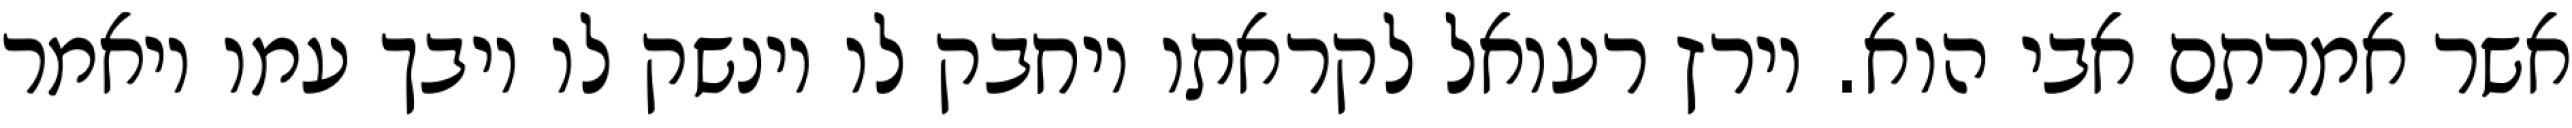
אשר אמרתם אבי הוא. וירץ רעואל לקראתו ויחבק לו וינשק לו ויבך עמו ויאמר